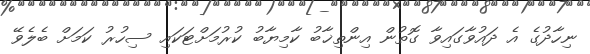
ނިހާދުގެ އެ ދައުވާގައިވާ ގޮތުން އިންތިޚާބު ކާމިޔާބު ކުރުމަށްޓަކައި ސިހުރު ކަމަށް ބެލެވޭ